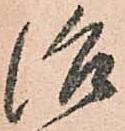
治